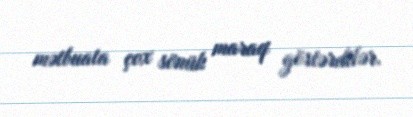
mətbuata çox sönük maraq göstərdilər.